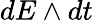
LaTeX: dE\wedge dt